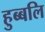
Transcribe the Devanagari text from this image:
हुब्बलि